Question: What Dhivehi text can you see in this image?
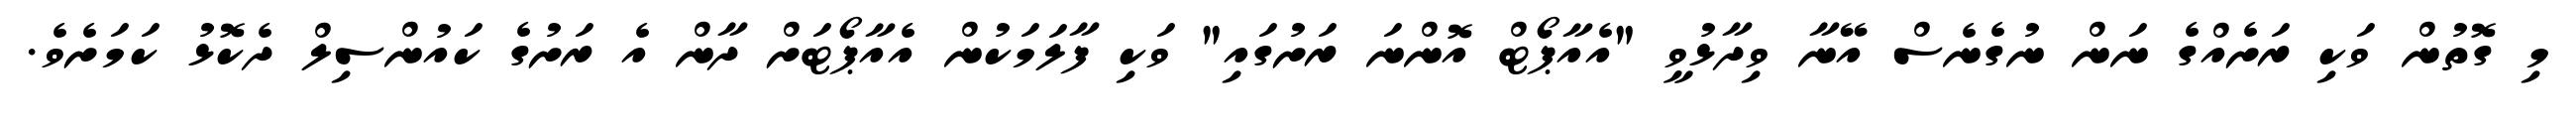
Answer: މި ގޮތުން ވަކި ރަށެއްގެ ނަން ނުގެނެސް އޭނާ ވިދާޅުވީ "އެއާޕޯޓް އޮންނަ ރަށުގައި" ވަކި ފާލަމަކުން އެއާޕޯޓަށް ދާން އެ ރަށުގެ ކައުންސިލް ދެކޮޅު ކަމަށެވެ.